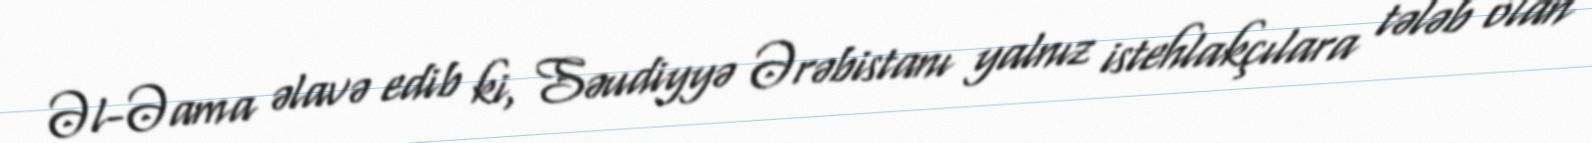
Əl-Əama əlavə edib ki, Səudiyyə Ərəbistanı yalnız istehlakçılara tələb olan